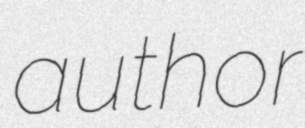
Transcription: author